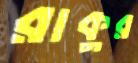
রাকুর